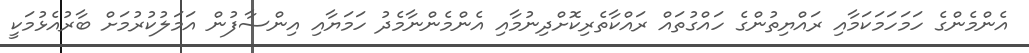
އެންމެންގެ ހަމަހަމަކަމާއި ރައްޔިތުންގެ ހައްގުތައް ރައްކާތެރިކޮށްދިނުމާއި އެންމެންނާމެދު ހަމަޔާއި އިންސާފުން އަމަލުކުރުމަށް ބާރުއެޅުމަކީ